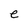
Character: e